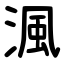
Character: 渢